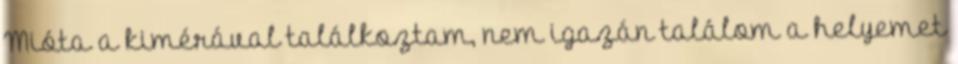
Mióta a kimérával találkoztam, nem igazán találom a helyemet